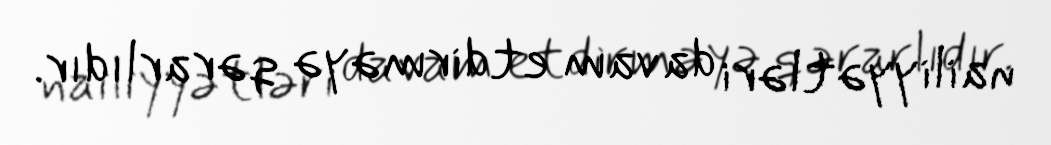
nailiyyətləri davam etdirməyə qərarlıdır.